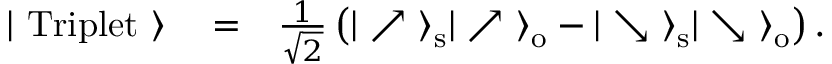
\begin{array} { r l r } { | \ \mathrm { T r i p l e t } \ \rangle } & { { } = } & { \frac { 1 } { \sqrt { 2 } } \left( | \nearrow \ \rangle _ { \mathrm { s } } | \nearrow \ \rangle _ { \mathrm { o } } - | \searrow \ \rangle _ { \mathrm { s } } | \searrow \ \rangle _ { \mathrm { o } } \right) . } \end{array}